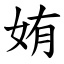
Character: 姷